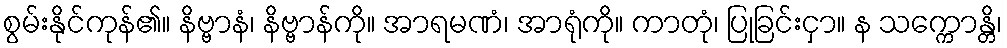
စွမ်းနိုင်ကုန်၏။ နိဗ္ဗာနံ၊ နိဗ္ဗာန်ကို။ အာရမဏံ၊ အာရုံကို။ ကာတုံ၊ ပြုခြင်းငှာ။ န သက္ကောန္တိ၊